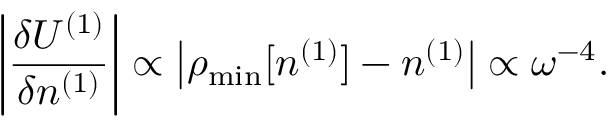
\left\vert \frac { \delta { \cal U } ^ { ( 1 ) } } { \delta n ^ { ( 1 ) } } \right\vert \propto \left\vert \rho _ { \mathrm { m i n } } [ n ^ { ( 1 ) } ] - n ^ { ( 1 ) } \right\vert \propto \omega ^ { - 4 } .